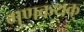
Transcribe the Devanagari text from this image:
गुणकथक